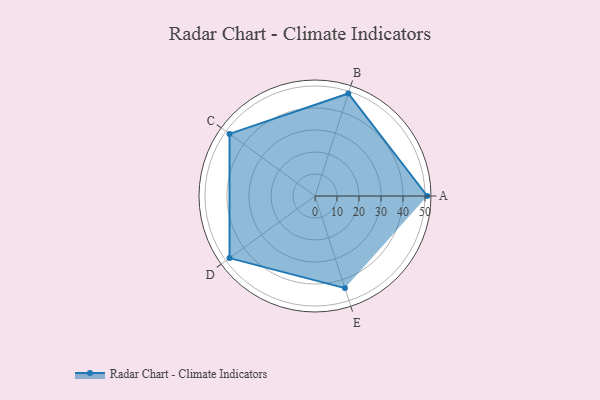
{"axis": {"x": "Skill", "y": "Score"}, "legend": ["Profile"], "data": [{"x": "A", "y": 51.0, "type": "Profile"}, {"x": "B", "y": 49.0, "type": "Profile"}, {"x": "C", "y": 48.0, "type": "Profile"}, {"x": "D", "y": 48.0, "type": "Profile"}, {"x": "E", "y": 44.0, "type": "Profile"}]}